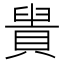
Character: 𧷈